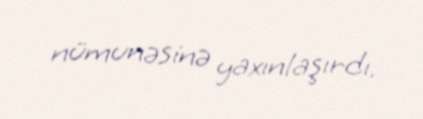
nümunəsinə yaxınlaşırdı.